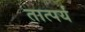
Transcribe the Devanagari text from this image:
तात्पर्यं